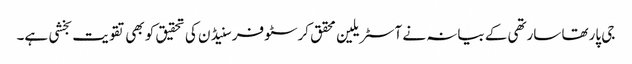
جی پارتھا سارتھی کے بیانہ نے آسٹریلین محقق کرسٹوفر سنیڈن کی تحقیق کو بھی تقویت بخشی ہے۔